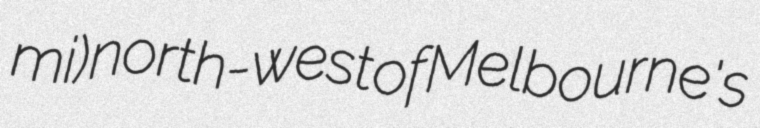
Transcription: mi) north-west of Melbourne's